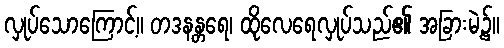
လှုပ်သောကြောင့်။ တဒနန္တရေ၊ ထိုလေရေလှုပ်သည်၏ အခြားမဲ့၌။